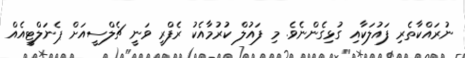
ނުރައްކާތެރި ފައުލަކާއި ގުޅިގެންނެވެ. މި ފައުލް ކުރުމާއެކު ރެފްރީ ވަނީ ޗެލްސީއަށް ޕެނަލްޓީއެއް